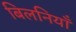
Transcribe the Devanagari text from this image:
बिलनियाँ